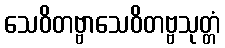
သေဝိတဗ္ဗာသေဝိတဗ္ဗသုတ္တံ